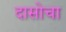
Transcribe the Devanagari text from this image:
दासोचा